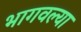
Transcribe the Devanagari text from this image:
भागवल्या